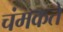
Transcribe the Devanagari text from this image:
चंमकते